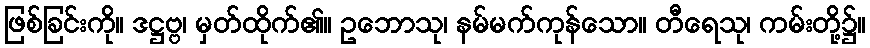
ဖြစ်ခြင်းကို။ ဒဋ္ဌဗ္ဗ၊ မှတ်ထိုက်၏။ ဥဘောသု၊ နမ်မက်ကုန်သော။ တီရေသု၊ ကမ်းတို့၌။